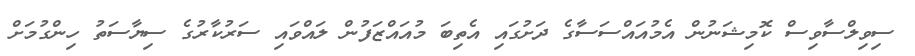
ސިވިލްސާވިސް ކޮމިޝަނުން އެމުއައްސަސާގެ ދަށުގައި އެތިބަ މުއައްޒަފުން ލައްވައި ސަރުކާރުގެ ސިޔާސަތު ހިންގުމަށް